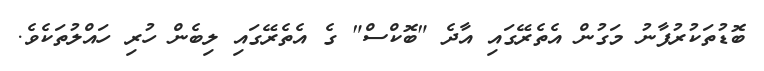
ބޮޑުތަކުރުފާނު މަގުން އެތެރޭގައި އާދެ "ބޮކްސް" ގެ އެތެރޭގައި ލިބެން ހުރި ހައްލުތަކެވެ.